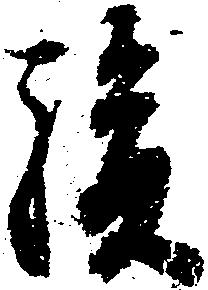
駿